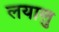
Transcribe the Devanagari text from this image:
लयालु